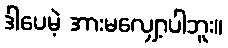
ဒါပေမဲ့ အားမလျှော့ပါဘူး။